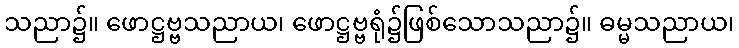
သညာ၌။ ဖောဋ္ဌဗ္ဗသညာယ၊ ဖောဋ္ဌဗ္ဗရုံ၌ဖြစ်သောသညာ၌။ ဓမ္မသညာယ၊